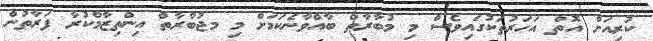
ކުރިއަށް އޮތް އަހަރުތަކުގައިވެސް މި މުބާރާތް ބާއްވާނެކަމަށް މި މޖުބާރާތް އިންތިޒާމްކުރާ ފަރާތުން